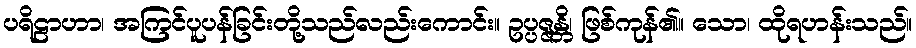
ပရိဠာဟာ၊ အကြင်ပူပန်ခြင်းတို့သည်လည်းကောင်း။ ဥပ္ပဇ္ဇန္တိ၊ ဖြစ်ကုန်၏။ သော၊ ထိုရဟန်းသည်။